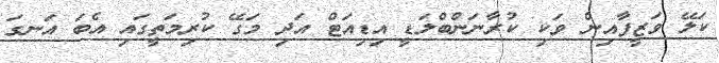
ކަލޭ ވަޒީފާއިން ވަކި ކުރާނަންބްލަޑީ އިޑިއަޓް އަދި މަގޭ ކުރިމަތީގައި އެބަ އަނގަ